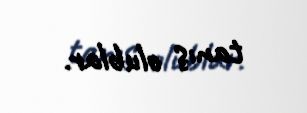
tanış olublar.